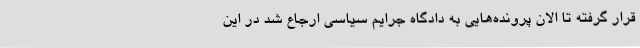
قرار گرفته تا الان پرونده‌هایی به دادگاه جرایم سیاسی ارجاع شد در این